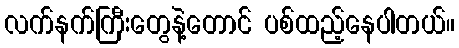
လက်နက်ကြီးတွေနဲ့တောင် ပစ်ထည့်နေပါတယ်။